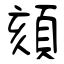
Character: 頦